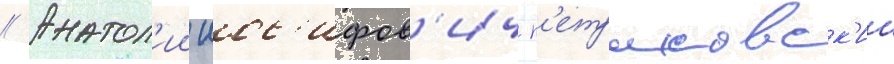
// Анатол'ии иос'ифов'ич п'етраковск'ии